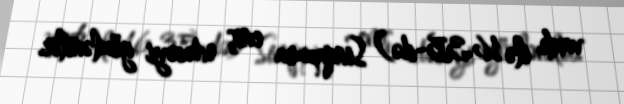
vaxtı ilə 16.35-də) Sinqapura eniş edəcəyi gözlənilir.